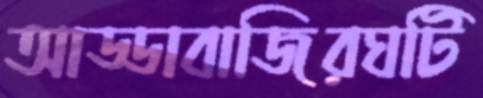
আড্ডাবাজিরঘটি